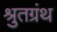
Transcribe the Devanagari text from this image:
श्रुतग्रंथ